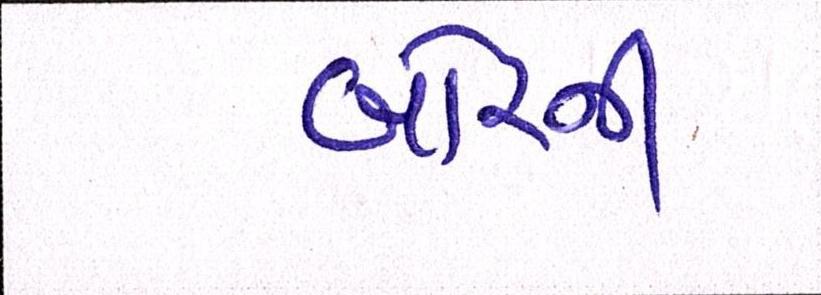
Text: બોરની